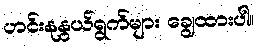
ဟင်းနုနွယ်ရွက်များ ချွေထားပါ။